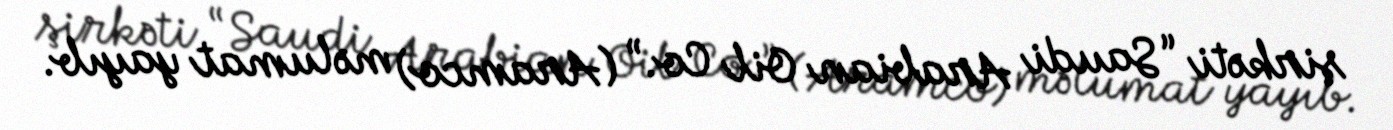
şirkəti “Saudi Arabian Oil Co.” (Aramco) məlumat yayıb.